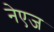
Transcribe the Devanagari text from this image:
नेएज